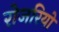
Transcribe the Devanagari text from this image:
रोजरियो